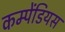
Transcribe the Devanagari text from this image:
कम्पेंडियस